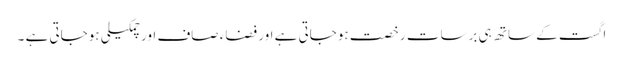
اگست کے ساتھ ہی برسات رخصت ہوجاتی ہے اور فضاء صاف اور چمکیلی ہوجاتی ہے ۔